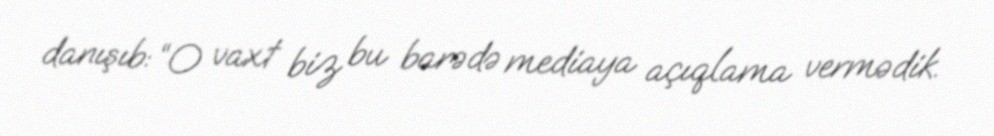
danışıb: “O vaxt biz bu barədə mediaya açıqlama vermədik.